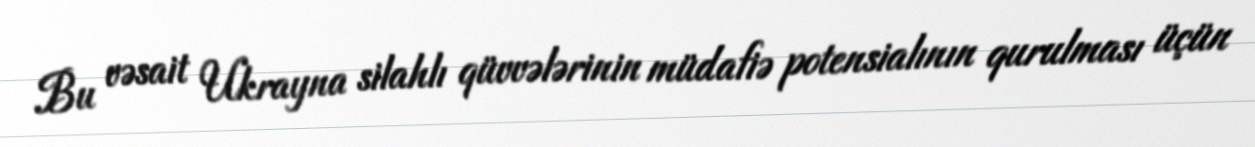
Bu vəsait Ukrayna silahlı qüvvələrinin müdafiə potensialının qurulması üçün